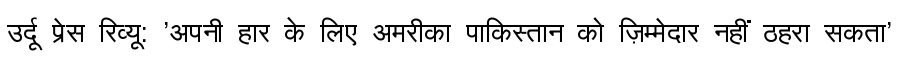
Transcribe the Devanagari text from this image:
उर्दू प्रेस रिव्यू: 'अपनी हार के लिए अमरीका पाकिस्तान को ज़िम्मेदार नहीं ठहरा सकता'